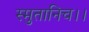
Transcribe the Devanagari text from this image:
स्मुतानिच।।